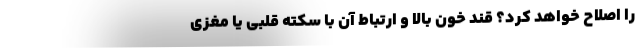
را اصلاح خواهد کرد؟ قند خون بالا و ارتباط آن با سکته قلبی یا مغزی